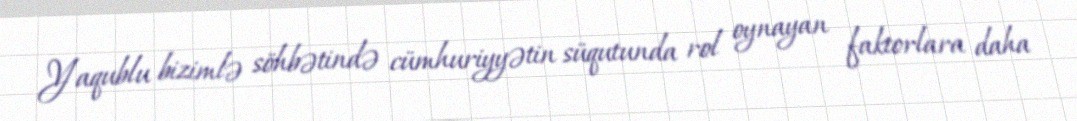
Yaqublu bizimlə söhbətində cümhuriyyətin süqutunda rol oynayan faktorlara daha